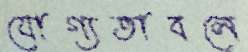
যোগ্যতাবলে